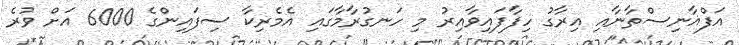
އަފްޣާނިސްތާނާއި އިރާގު ހިފާފައިވާއިރު މި ހަނގުރާމާގައި އެމެރިކާ ސިފައިންގެ 6000 އަށް ވުރެ